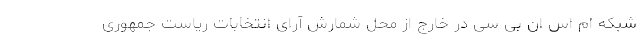
شبکه ام اس ان بی سی در خارج از محل شمارش آرای انتخابات ریاست جمهوری